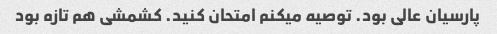
پارسیان عالی بود. توصیه میکنم امتحان کنید. کشمشی هم تازه بود